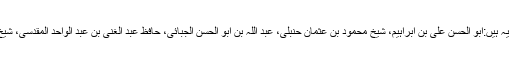
آپ کے مشہور شاگردوں میں سے چند یہ ہیں:ابو الحسن علی بن ابراہیم، شیخ محمود بن عثمان حنبلی، عبد اللہ بن ابو الحسن الجبائی، حافظ عبد الغنی بن عبد الواحد المقدسی، شیخ ابو علی الحسن بن مسلم القادسی وغیرہ۔